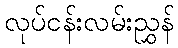
လုပ်ငန်းလမ်းညွှန်